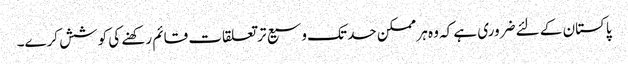
پاکستان کے لئے ضروری ہے کہ وہ ہر ممکن حد تک وسیع تر تعلقات قائم رکھنے کی کوشش کرے۔